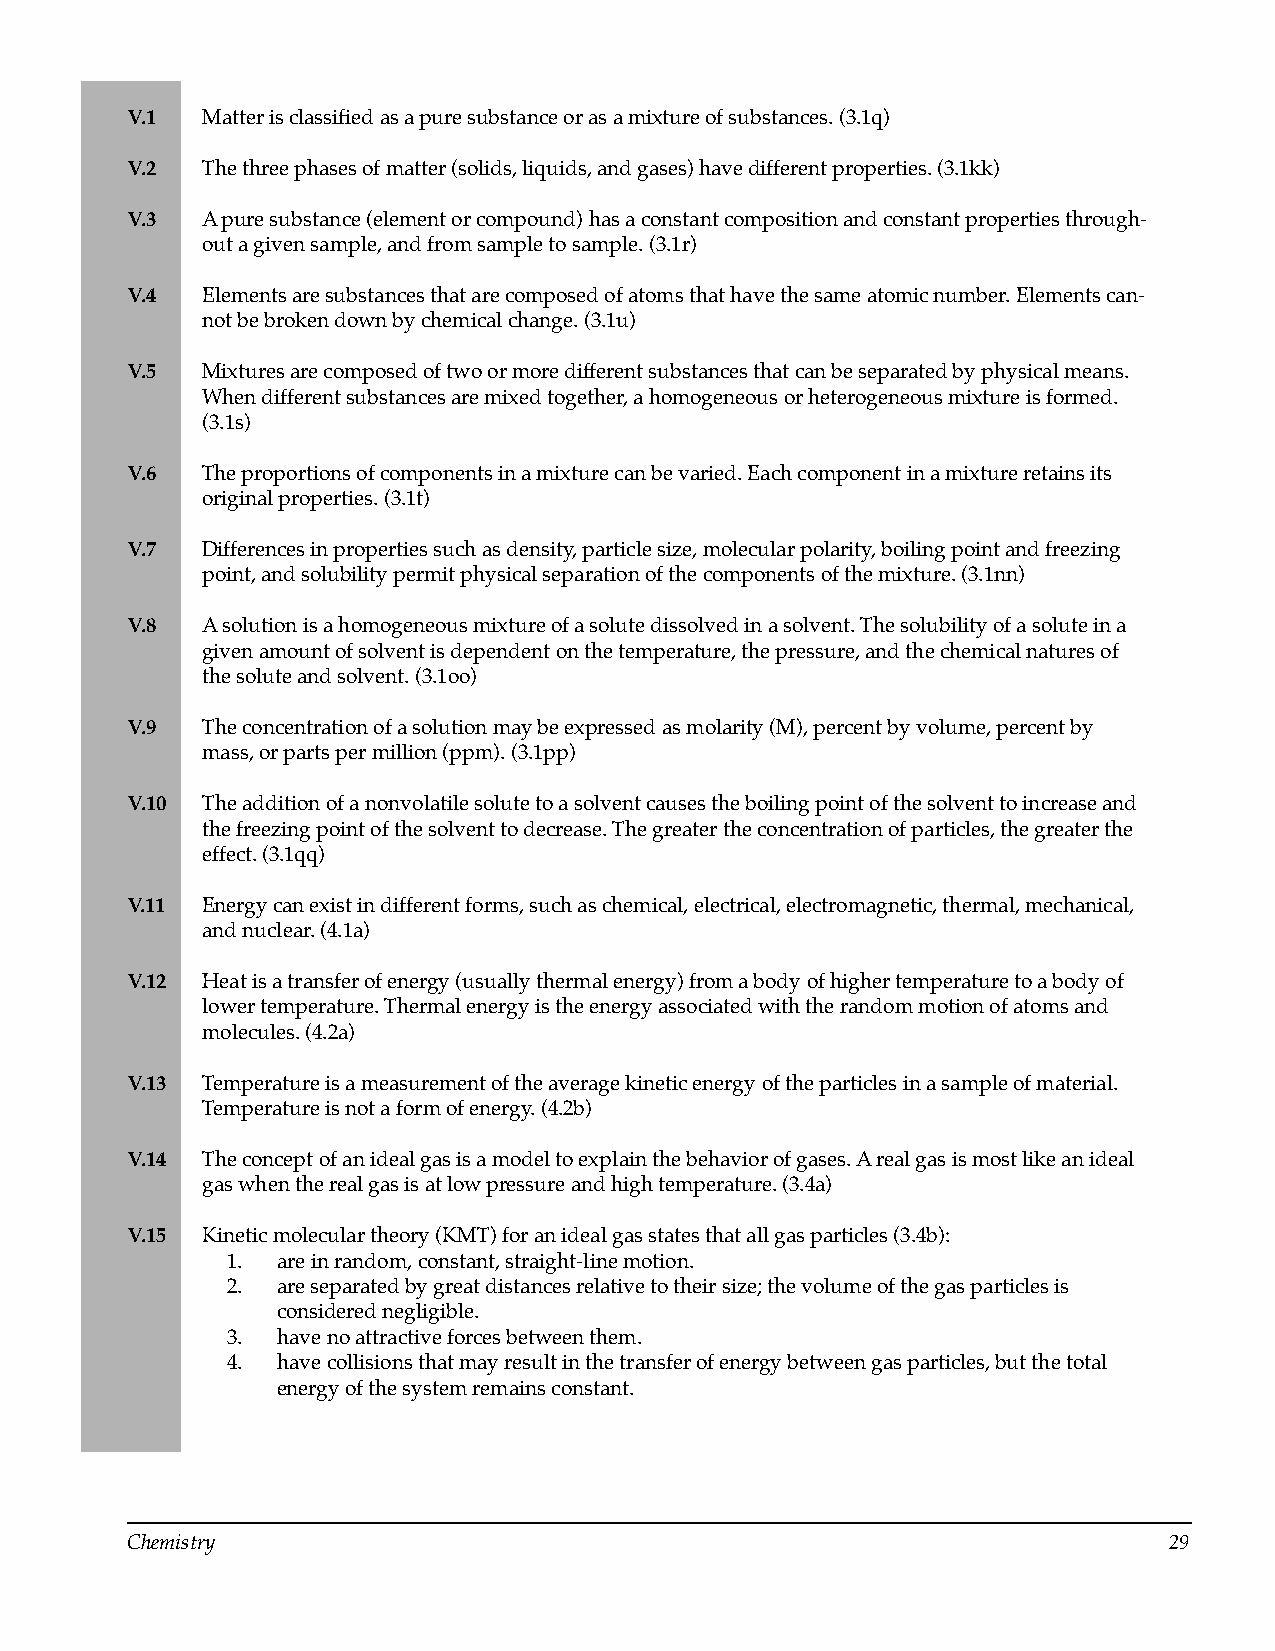
V.1  Matter is classified as a pure substance or as a mixture of substances. (3.1q)
 V.2  The three phases of matter (solids, liquids, and gases) have different properties. (3.1kk)
 V.3  A pure substance (element or compound) has a constant composition and constant properties through­
 out a given sample, and from sample to sample. (3.1r)
 V.4  Elements are substances that are composed of atoms that have the same atomic number. Elements can­
 not be broken down by chemical change. (3.1u)
 V.5  Mixtures are composed of two or more different substances that can be separated by physical means.
 When different substances are mixed together, a homogeneous or heterogeneous mixture is formed.
 (3.1s)
 V.6  The proportions of components in a mixture can be varied. Each component in a mixture retains its
 original properties. (3.1t)
 V.7  Differences in properties such as density, particle size, molecular polarity, boiling point and freezing
 point, and solubility permit physical separation of the components of the mixture. (3.1nn)
 V.8  A solution is a homogeneous mixture of a solute dissolved in a solvent. The solubility of a solute in a
 given amount of solvent is dependent on the temperature, the pressure, and the chemical natures of
 the solute and solvent. (3.1oo)
 V.9  The concentration of a solution may be expressed as molarity (M), percent by volume, percent by
 mass, or parts per million (ppm). (3.1pp)
 V.10 The addition of a nonvolatile solute to a solvent causes the boiling point of the solvent to increase and
 the freezing point of the solvent to decrease. The greater the concentration of particles, the greater the
 effect. (3.1qq)
 V.11 Energy can exist in different forms, such as chemical, electrical, electromagnetic, thermal, mechanical,
 and nuclear. (4.1a)
 V.12 Heat is a transfer of energy (usually thermal energy) from a body of higher temperature to a body of
 lower temperature. Thermal energy is the energy associated with the random motion of atoms and
 molecules. (4.2a)
 V.13 Temperature is a measurement of the average kinetic energy of the particles in a sample of material.
 Temperature is not a form of energy. (4.2b)
 V.14 The concept of an ideal gas is a model to explain the behavior of gases. A real gas is most like an ideal
 gas when the real gas is at low pressure and high temperature. (3.4a)
 V.15 Kinetic molecular theory (KMT) for an ideal gas states that all gas particles (3.4b):
 1. are in random, constant, straight-line motion.
 2. are separated by great distances relative to their size; the volume of the gas particles is
 considered negligible.
 3. have no attractive forces between them.
 4. have collisions that may result in the transfer of energy between gas particles, but the total
 energy of the system remains constant.
 Chemistry                                                            29